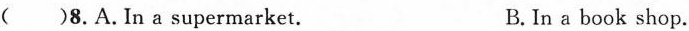
()8.A.In a supermarket. B. In a book shop.